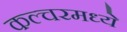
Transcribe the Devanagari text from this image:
कल्चरमध्ये